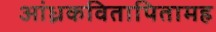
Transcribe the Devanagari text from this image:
आंध्रकवितापितामह